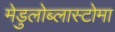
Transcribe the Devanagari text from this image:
मेडुलोब्लास्टोमा